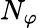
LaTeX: N_{\varphi}